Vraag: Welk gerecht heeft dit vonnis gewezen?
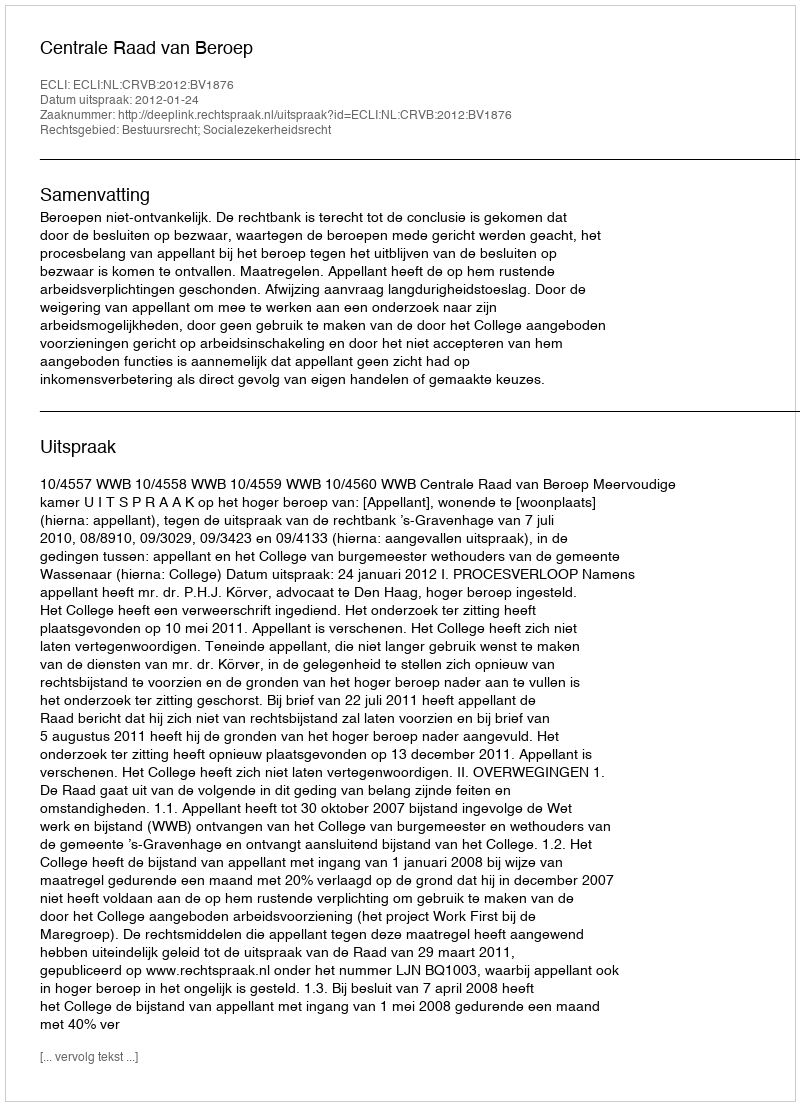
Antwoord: Centrale Raad van Beroep